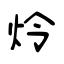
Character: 炩